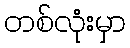
တစ်လုံးမှာ